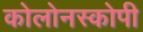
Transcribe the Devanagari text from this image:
कोलोनस्कोपी